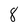
Character: 8